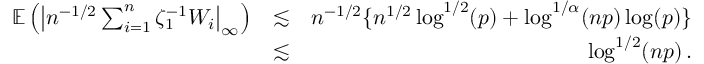
\begin{array} { r l r } { { \mathbb { E } } \left( \left| n ^ { - 1 / 2 } \sum _ { i = 1 } ^ { n } \zeta _ { 1 } ^ { - 1 } W _ { i } \right| _ { \infty } \right) } & { \lesssim } & { n ^ { - 1 / 2 } \{ n ^ { 1 / 2 } \log ^ { 1 / 2 } ( p ) + \log ^ { 1 / \alpha } ( n p ) \log ( p ) \} } \\ & { \lesssim } & { \log ^ { 1 / 2 } ( n p ) \, . } \end{array}